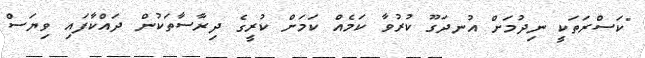
"ކަސްރަތަކީ ނިދުމަށް އުނދަގޫ ކުރުވާ ކަމެއް ކަމަށް ކުރީގެ ދިރާސާތަކުން ދައްކާފައި ވިޔަސް